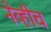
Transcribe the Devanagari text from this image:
नेव्हीचं